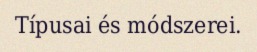
Típusai és módszerei.